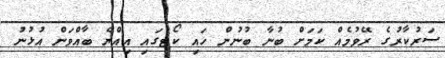
ސަރުކާރުގެ ރޭވުމެއް ކަމަށް ބުނާ ބުނުން ހައި ކޯޓުގައި އިއްޔެ ބާއްވަން އުޅުނު